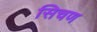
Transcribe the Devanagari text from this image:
सिचण